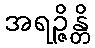
အရဉ္ဇိန္တိ